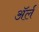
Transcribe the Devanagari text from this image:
अॅर्ल